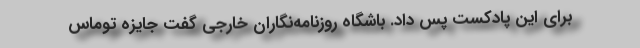
برای این پادکست پس داد. باشگاه روزنامه‌نگاران خارجی گفت جایزه توماس